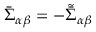
\bar { \Sigma } _ { \alpha \beta } = - \tilde { \bar { \Sigma } } _ { \alpha \beta }